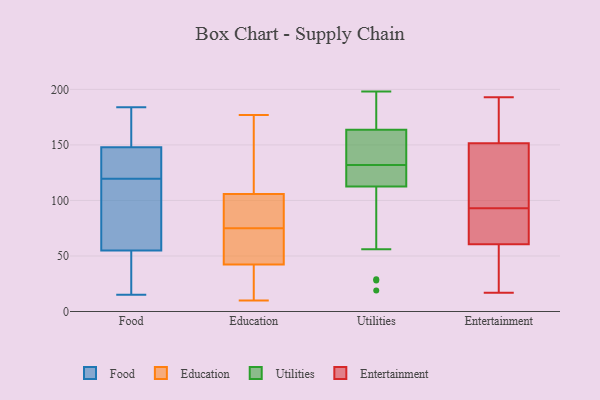
{"axis": {"x": "Headcount", "y": "Value"}, "legend": ["Education", "Entertainment", "Food", "Utilities"], "data": [{"x": "", "y": 154, "type": "Food"}, {"x": "", "y": 87, "type": "Food"}, {"x": "", "y": 34, "type": "Food"}, {"x": "", "y": 20, "type": "Food"}, {"x": "", "y": 15, "type": "Food"}, {"x": "", "y": 114, "type": "Food"}, {"x": "", "y": 184, "type": "Food"}, {"x": "", "y": 76, "type": "Food"}, {"x": "", "y": 81, "type": "Food"}, {"x": "", "y": 26, "type": "Food"}, {"x": "", "y": 161, "type": "Food"}, {"x": "", "y": 161, "type": "Food"}, {"x": "", "y": 127, "type": "Food"}, {"x": "", "y": 142, "type": "Food"}, {"x": "", "y": 128, "type": "Food"}, {"x": "", "y": 125, "type": "Food"}, {"x": "", "y": 177, "type": "Education"}, {"x": "", "y": 19, "type": "Education"}, {"x": "", "y": 149, "type": "Education"}, {"x": "", "y": 55, "type": "Education"}, {"x": "", "y": 103, "type": "Education"}, {"x": "", "y": 138, "type": "Education"}, {"x": "", "y": 105, "type": "Education"}, {"x": "", "y": 86, "type": "Education"}, {"x": "", "y": 10, "type": "Education"}, {"x": "", "y": 75, "type": "Education"}, {"x": "", "y": 72, "type": "Education"}, {"x": "", "y": 27, "type": "Education"}, {"x": "", "y": 38, "type": "Education"}, {"x": "", "y": 106, "type": "Education"}, {"x": "", "y": 56, "type": "Education"}, {"x": "", "y": 151, "type": "Utilities"}, {"x": "", "y": 165, "type": "Utilities"}, {"x": "", "y": 197, "type": "Utilities"}, {"x": "", "y": 144, "type": "Utilities"}, {"x": "", "y": 141, "type": "Utilities"}, {"x": "", "y": 56, "type": "Utilities"}, {"x": "", "y": 19, "type": "Utilities"}, {"x": "", "y": 190, "type": "Utilities"}, {"x": "", "y": 29, "type": "Utilities"}, {"x": "", "y": 179, "type": "Utilities"}, {"x": "", "y": 132, "type": "Utilities"}, {"x": "", "y": 118, "type": "Utilities"}, {"x": "", "y": 114, "type": "Utilities"}, {"x": "", "y": 118, "type": "Utilities"}, {"x": "", "y": 160, "type": "Utilities"}, {"x": "", "y": 198, "type": "Utilities"}, {"x": "", "y": 28, "type": "Utilities"}, {"x": "", "y": 114, "type": "Utilities"}, {"x": "", "y": 112, "type": "Utilities"}, {"x": "", "y": 28, "type": "Entertainment"}, {"x": "", "y": 17, "type": "Entertainment"}, {"x": "", "y": 150, "type": "Entertainment"}, {"x": "", "y": 127, "type": "Entertainment"}, {"x": "", "y": 193, "type": "Entertainment"}, {"x": "", "y": 183, "type": "Entertainment"}, {"x": "", "y": 99, "type": "Entertainment"}, {"x": "", "y": 83, "type": "Entertainment"}, {"x": "", "y": 156, "type": "Entertainment"}, {"x": "", "y": 76, "type": "Entertainment"}, {"x": "", "y": 69, "type": "Entertainment"}, {"x": "", "y": 93, "type": "Entertainment"}, {"x": "", "y": 35, "type": "Entertainment"}]}